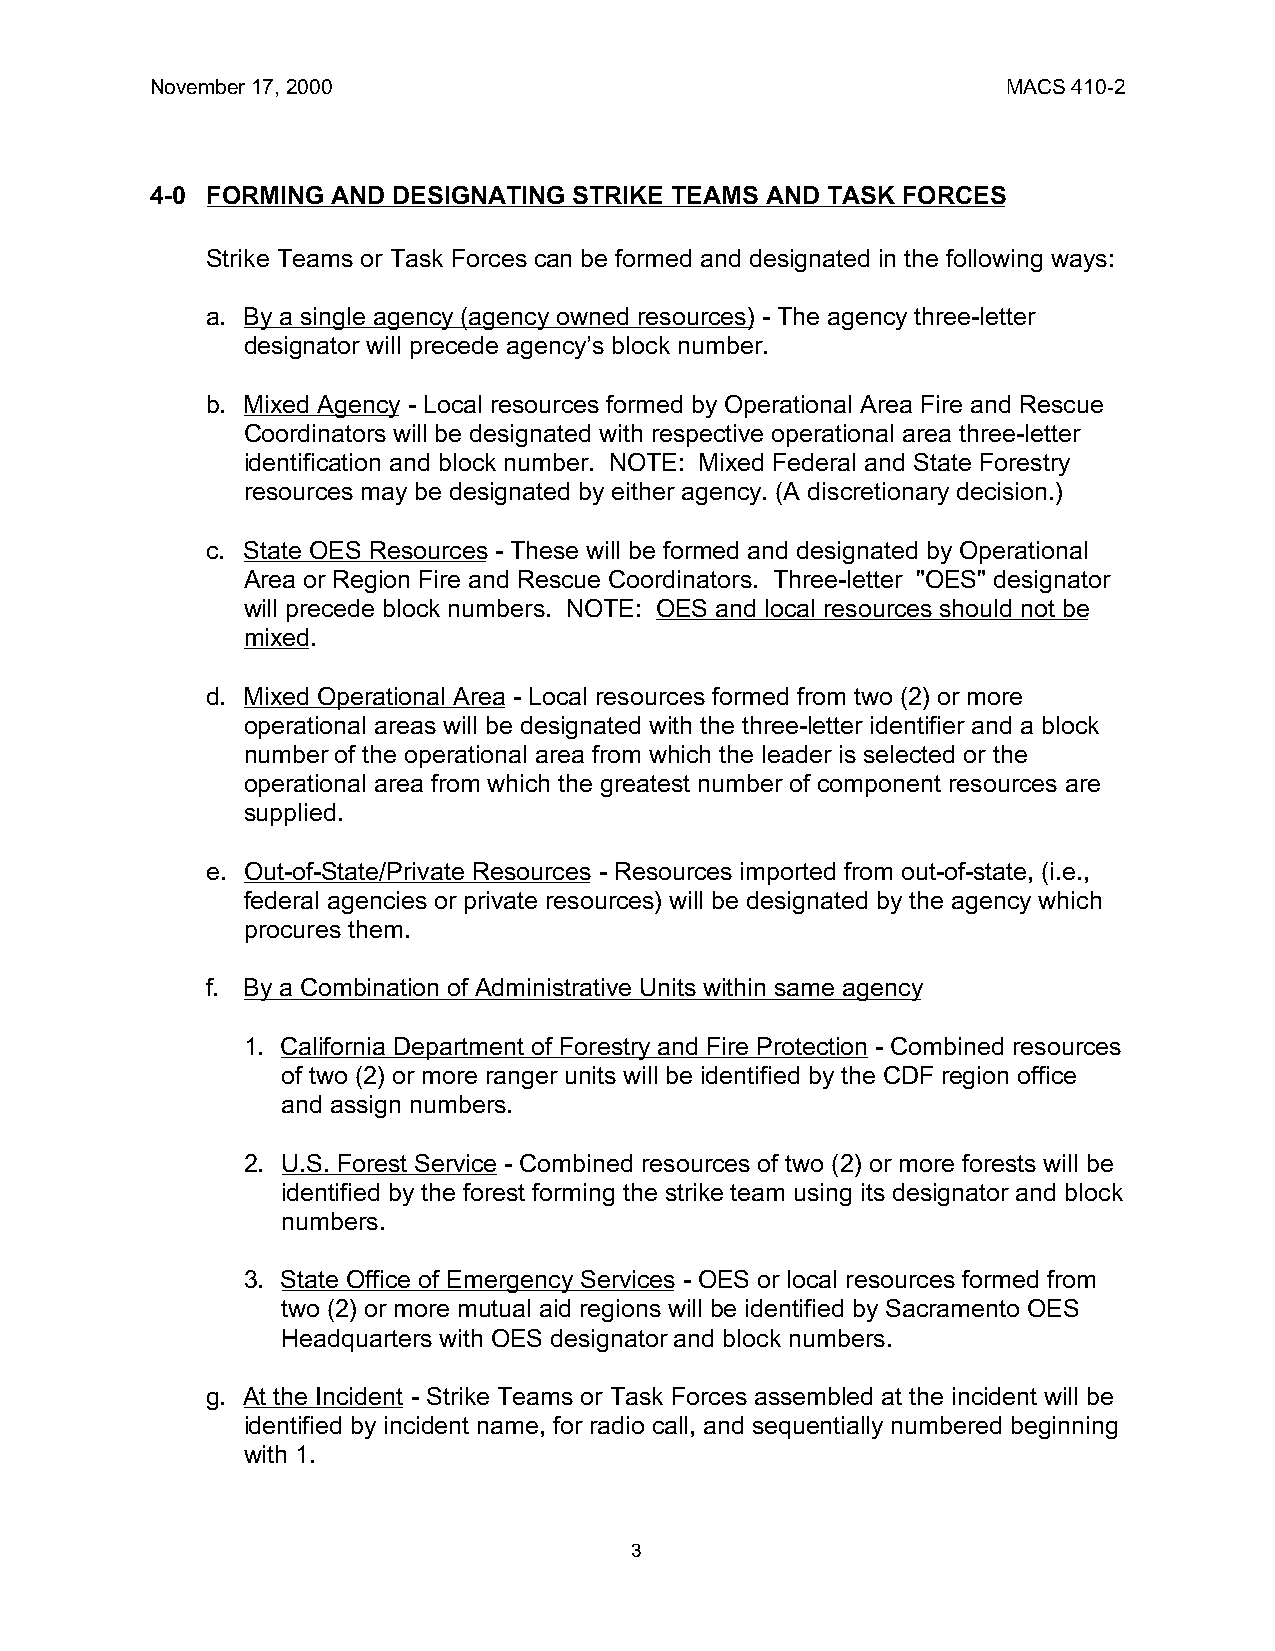
November 17, 2000                                        MACS 410-2
 4-0 FORMING AND DESIGNATING STRIKE TEAMS AND TASK FORCES
 Strike Teams or Task Forces can be formed and designated in the following ways:
 a. By a single agency (agency owned resources) - The agency three-letter
 designator will precede agency’s block number.
 b. Mixed Agency - Local resources formed by Operational Area Fire and Rescue
 Coordinators will be designated with respective operational area three-letter
 identification and block number. NOTE: Mixed Federal and State Forestry
 resources may be designated by either agency. (A discretionary decision.)
 c. State OES Resources - These will be formed and designated by Operational
 Area or Region Fire and Rescue Coordinators. Three-letter "OES" designator
 will precede block numbers. NOTE: OES and local resources should not be
 mixed.
 d. Mixed Operational Area - Local resources formed from two (2) or more
 operational areas will be designated with the three-letter identifier and a block
 number of the operational area from which the leader is selected or the
 operational area from which the greatest number of component resources are
 supplied.
 e. Out-of-State/Private Resources - Resources imported from out-of-state, (i.e.,
 federal agencies or private resources) will be designated by the agency which
 procures them.
 f. By a Combination of Administrative Units within same agency
 1. California Department of Forestry and Fire Protection - Combined resources
 of two (2) or more ranger units will be identified by the CDF region office
 and assign numbers.
 2. U.S. Forest Service - Combined resources of two (2) or more forests will be
 identified by the forest forming the strike team using its designator and block
 numbers.
 3. State Office of Emergency Services - OES or local resources formed from
 two (2) or more mutual aid regions will be identified by Sacramento OES
 Headquarters with OES designator and block numbers.
 g. At the Incident - Strike Teams or Task Forces assembled at the incident will be
 identified by incident name, for radio call, and sequentially numbered beginning
 with 1.
 3